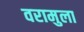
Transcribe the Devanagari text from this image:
वरामुला